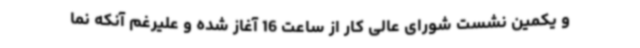
و یکمین نشست شورای عالی کار از ساعت 16 آغاز شده و علیرغم آنکه نما